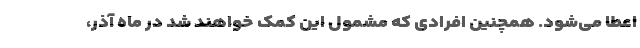
اعطا می‌شود. همچنین افرادی که مشمول این کمک خواهند شد در ماه آذر،